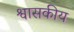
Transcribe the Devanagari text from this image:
श्वासकीय